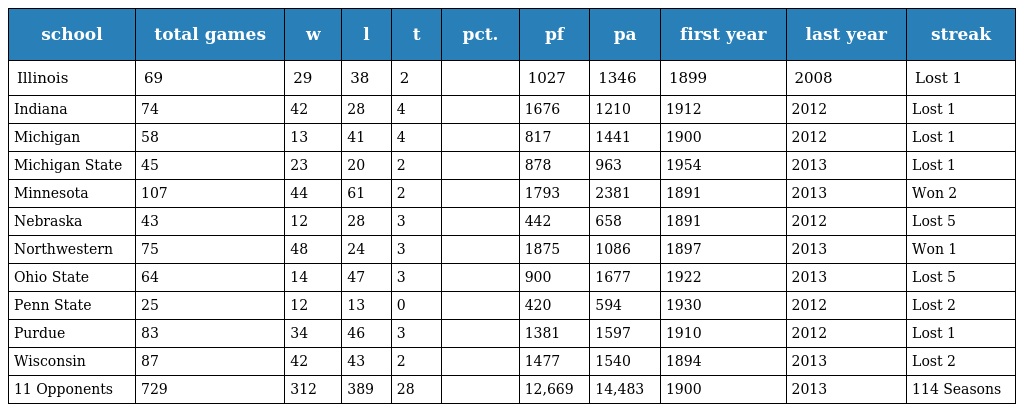
| school | total games | w | l | t | pct. | pf | pa | first year | last year | streak |
 | --- | --- | --- | --- | --- | --- | --- | --- | --- | --- | --- |
 | Illinois | 69 | 29 | 38 | 2 |  | 1027 | 1346 | 1899 | 2008 | Lost 1 |
 | Indiana | 74 | 42 | 28 | 4 |  | 1676 | 1210 | 1912 | 2012 | Lost 1 |
 | Michigan | 58 | 13 | 41 | 4 |  | 817 | 1441 | 1900 | 2012 | Lost 1 |
 | Michigan State | 45 | 23 | 20 | 2 |  | 878 | 963 | 1954 | 2013 | Lost 1 |
 | Minnesota | 107 | 44 | 61 | 2 |  | 1793 | 2381 | 1891 | 2013 | Won 2 |
 | Nebraska | 43 | 12 | 28 | 3 |  | 442 | 658 | 1891 | 2012 | Lost 5 |
 | Northwestern | 75 | 48 | 24 | 3 |  | 1875 | 1086 | 1897 | 2013 | Won 1 |
 | Ohio State | 64 | 14 | 47 | 3 |  | 900 | 1677 | 1922 | 2013 | Lost 5 |
 | Penn State | 25 | 12 | 13 | 0 |  | 420 | 594 | 1930 | 2012 | Lost 2 |
 | Purdue | 83 | 34 | 46 | 3 |  | 1381 | 1597 | 1910 | 2012 | Lost 1 |
 | Wisconsin | 87 | 42 | 43 | 2 |  | 1477 | 1540 | 1894 | 2013 | Lost 2 |
 | 11 Opponents | 729 | 312 | 389 | 28 |  | 12,669 | 14,483 | 1900 | 2013 | 114 Seasons |